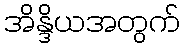
အိန္ဒိယအတွက်